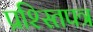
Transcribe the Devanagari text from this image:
प्रश्स्तिपत्र